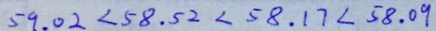
5 9 . 0 2 < 5 8 . 5 2 < 5 8 . 1 7 < 5 8 . 0 9